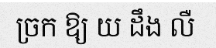
ច្រក ឱ្យ យ ដឹង លឺ